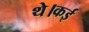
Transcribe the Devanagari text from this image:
थे।कई